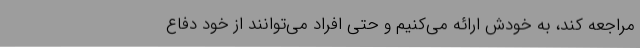
مراجعه کند، به خودش ارائه می‌کنیم و حتی افراد می‌توانند از خود دفاع